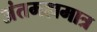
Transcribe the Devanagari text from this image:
अंतमहामात्र